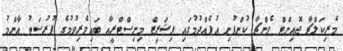
މެރިކަލްޗާ ޖޮއިންޓް ވެންޗާ ކުންފުނި އުފެއްދުމުގައި ފިޝަރީޒް މިނިސްޓްރީއާ ބައިވެރިވުމުގެ ފުރުސަތު އާންމު